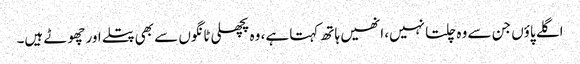
اگلے پاؤں جن سے وہ چلتا نہیں، انھیں ہاتھ کہتا ہے، وہ پچھلی ٹانگوں سے بھی پتلے اور چھوٹے ہیں۔